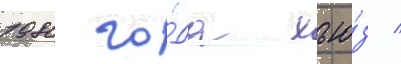
1980 го́да хью́з /